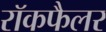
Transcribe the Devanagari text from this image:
रॉकफैलर